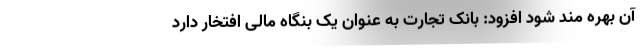
آن بهره مند شود افزود: بانک تجارت به عنوان یک بنگاه مالی افتخار دارد